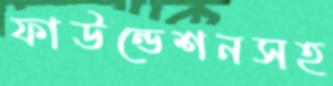
ফাউন্ডেশনসহ